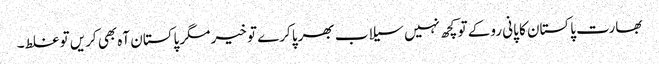
بھارت پاکستان کا پانی روکے تو کچھ نہیں سیلاب بھرپا کرے تو خیر مگر پاکستان آہ بھی کریں تو غلط۔